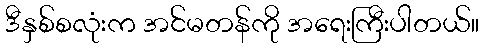
ဒီနှစ်စလုံးက အင်မတန်ကို အရေးကြီးပါတယ်။